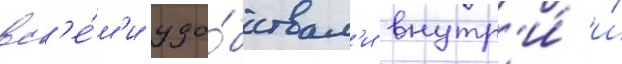
вс'е́м'и удо́бствам'и внутр'и́ и́